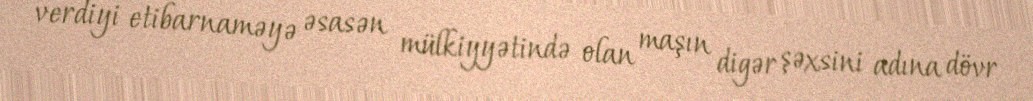
verdiyi etibarnaməyə əsasən mülkiyyətində olan maşın digər şəxsini adına dövr